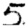
Digit: 5